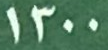
1300